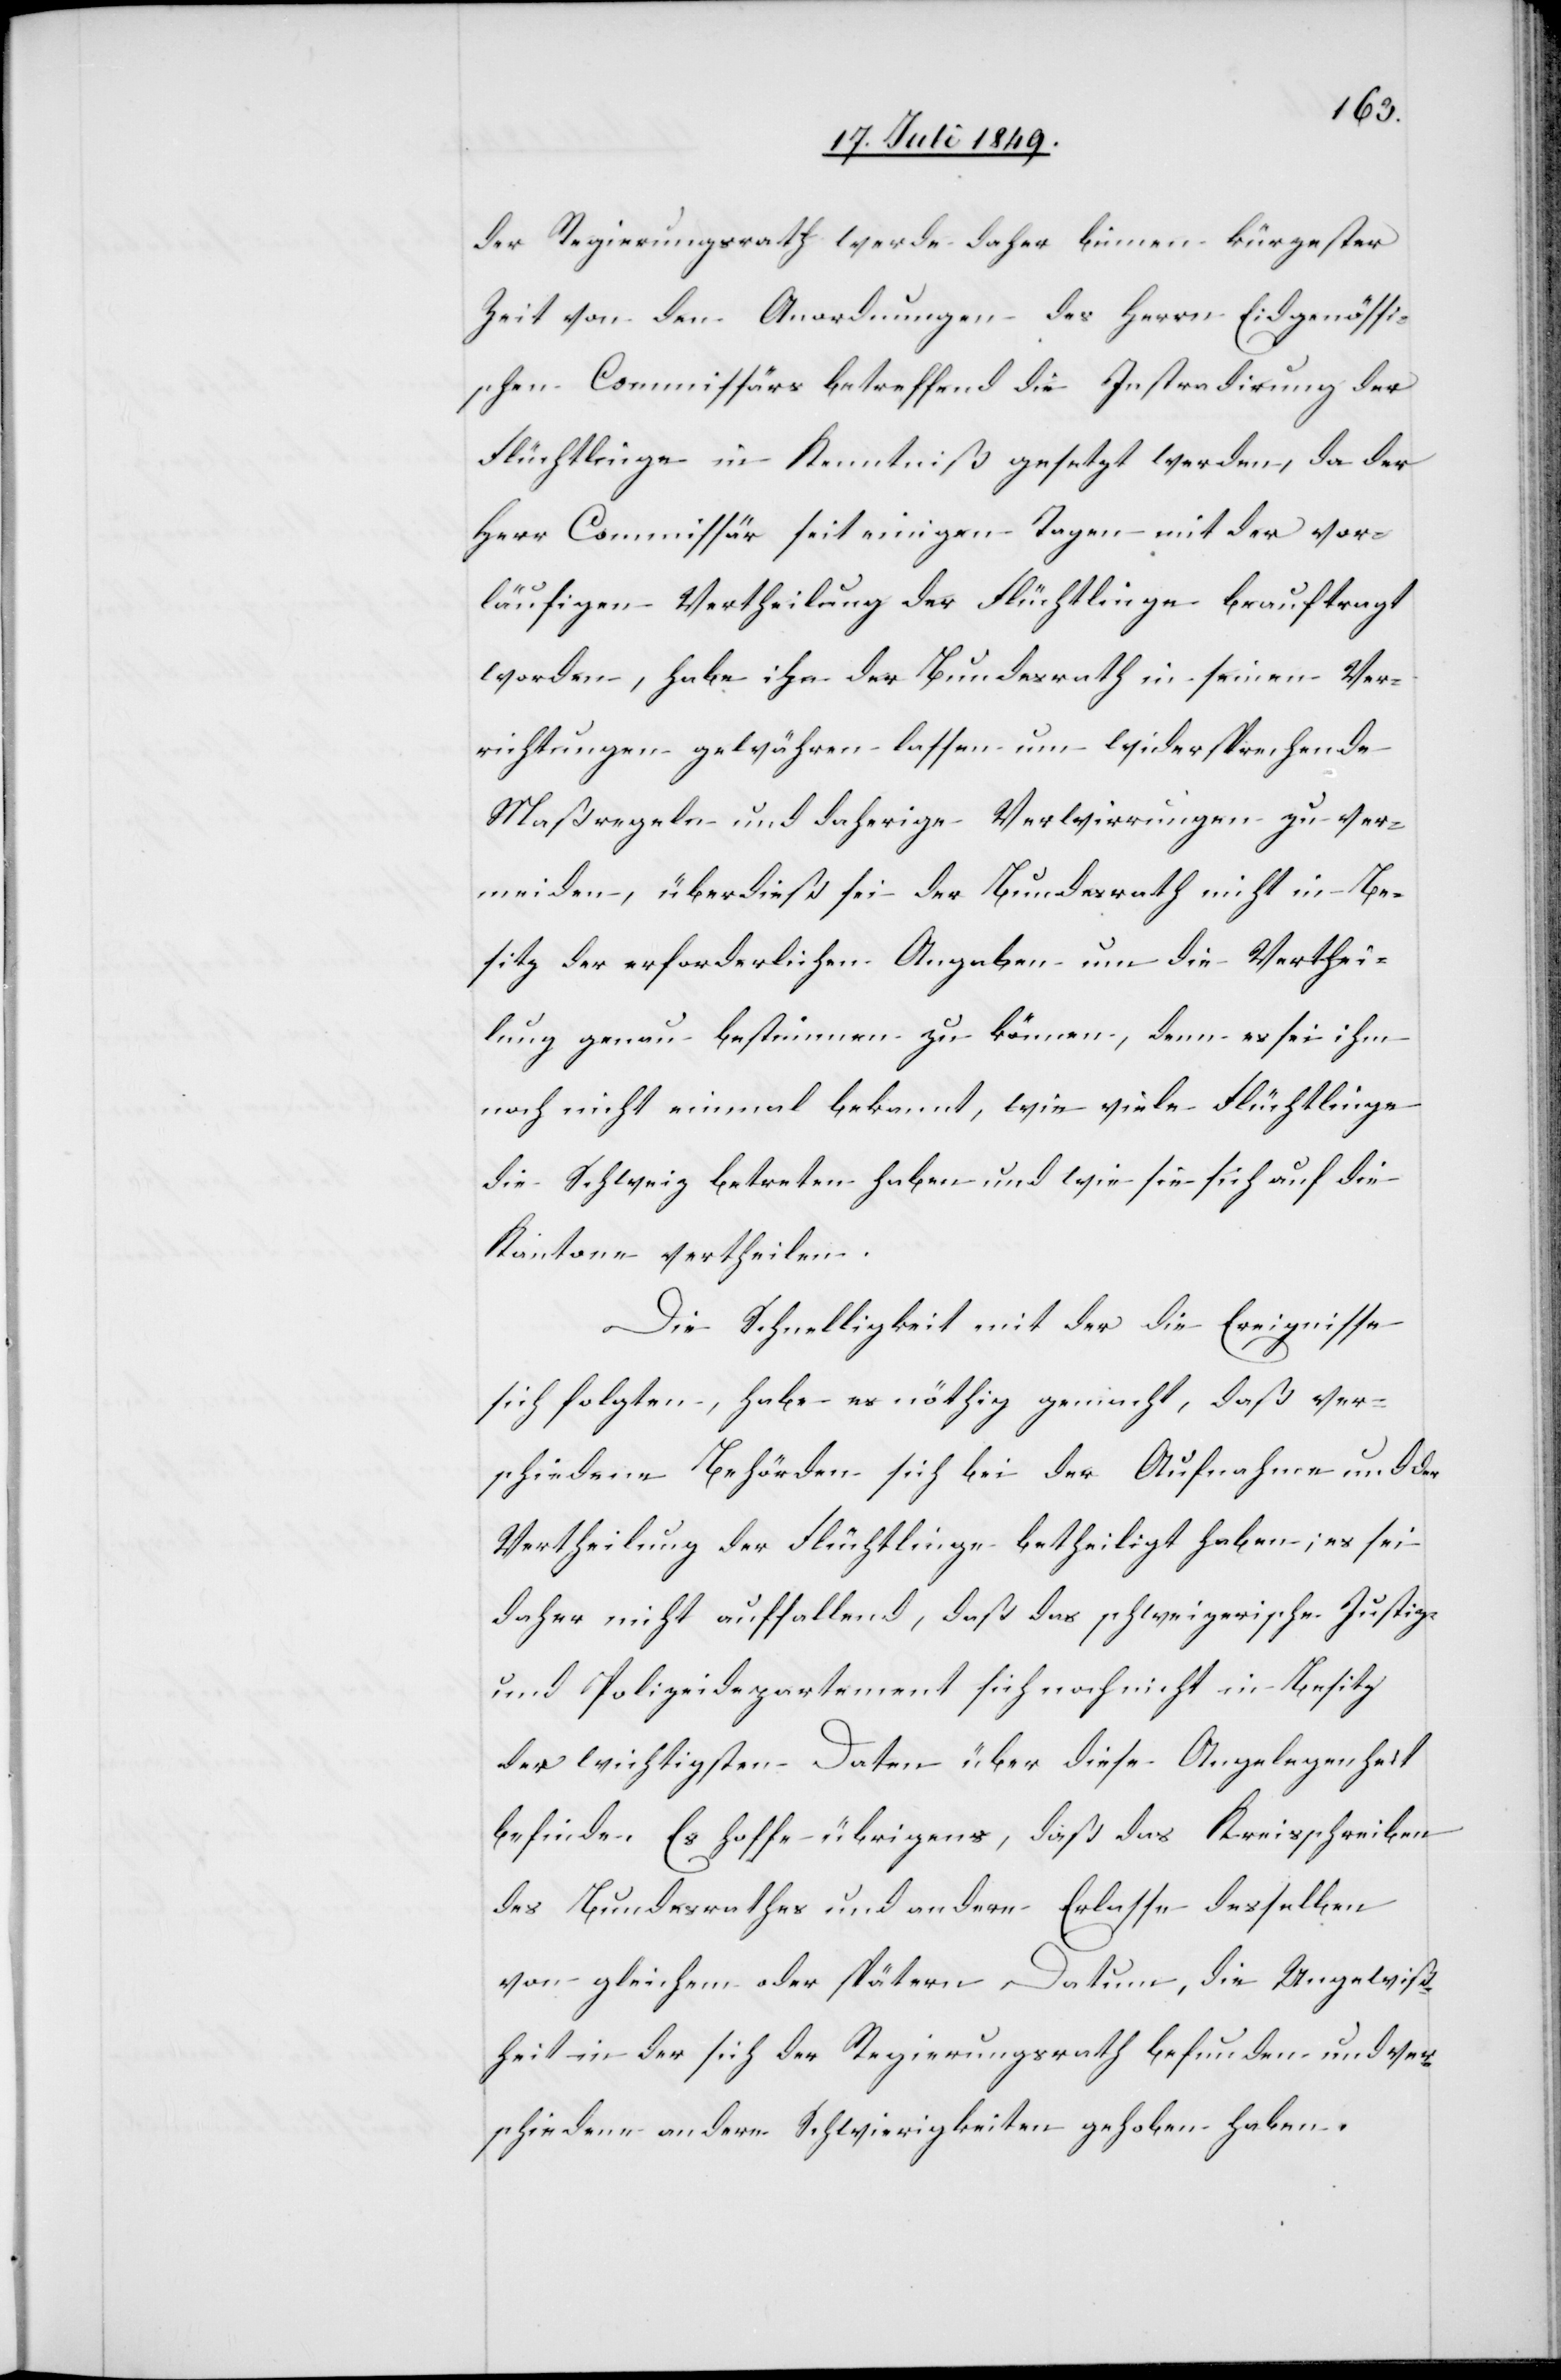
der Regierungsrath werde daher binnen kürzester
Zeit von den Anordnungen des Herrn Eidgenössi¬
schen Commissärs betreffend die Instradirung der
Flüchtlinge in Kenntniß gesetzt werden, da der
Herr Commissär seit einigen Tagen mit der vor¬
läufigen Vertheilung der Flüchtlinge beauftragt
worden, habe ihn der Bundesrath in seinen Ver¬
richtungen gewähren lassen um widersprechende
Maßregeln und daherige Verwirrungen zu ver¬
meiden, überdieß sei der Bundesrath nicht in Be¬
sitz der erforderlichen Angaben um die Verthei¬
lung genau bestimmen zu können, denn es sei ihm
noch nicht einmal bekannt, wie viele Flüchtlinge
die Schweiz betreten haben und wie sie sich auf die
Kantone vertheilen.
Die Schnelligkeit mit der die Ereignisse
sich folgten, habe es nöthig gemacht, daß ver¬
schiedene Behörden sich bei der Aufnahme und der
Vertheilung der Flüchtlinge betheiligt haben; es sei
daher nicht auffallend, daß das schweizerische Justiz-
und Polizeidepartement sich noch nicht in Besitz
der wichtigsten Daten über diese Angelegenheit
befinde. Es hoffe übrigens, daß das Kreisschreiben
des Bundesrathes und andere Erlasse desselben
von gleichem oder spätern Datum, die Ungewiß¬
heit in der sich der Regierungsrath befunden und Ver¬
schiedene andere Schwierigkeiten gehoben haben.